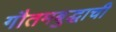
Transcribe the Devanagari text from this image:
गौतमबुद्धाची